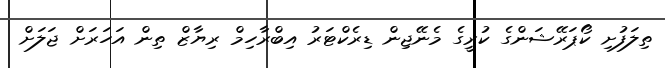
ތިލަފުށި ކޯޕަރޭޝަންގެ ކުރީގެ މެނޭޖިން ޑިރެކްޓަރު އިބްރާހިމް ރިޔާޒް ތިން އަހަރަށް ޖަލަށް